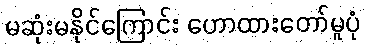
မဆုံးမနိုင်ကြောင်း ဟောထားတော်မူပုံ